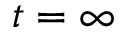
t = \infty